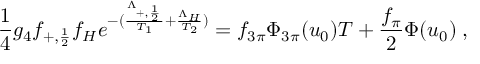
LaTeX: { \frac { 1 } { 4 } } g _ { 4 } f _ { + , { \frac { 1 } { 2 } } } f _ { H } e ^ { - ( { \frac { \Lambda _ { + , { \frac { 1 } { 2 } } } } { T _ { 1 } } } + { \frac { \Lambda _ { H } } { T _ { 2 } } } ) } = f _ { 3 \pi } \Phi _ { 3 \pi } ( u _ { 0 } ) T + { \frac { f _ { \pi } } { 2 } } \Phi ( u _ { 0 } ) \; ,